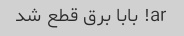
ar! بابا برق قطع شد